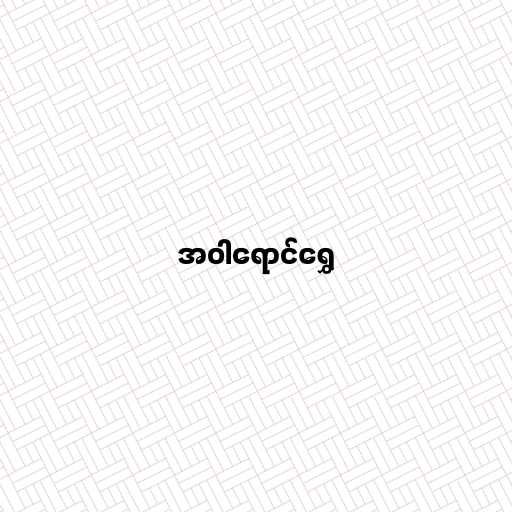
အဝါရောင်ရွှေ